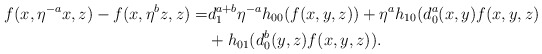
\begin{align*}f(x,\eta^{-a}x, z) -f(x, \eta^b z, z)=& d^{a+b}_1 \eta^{-a} h_{00}(f(x,y,z)) + \eta^{a}h_{10}(d^a_0(x,y)f(x,y,z)\\ &+ h_{01}(d^b_{0}(y,z)f(x,y,z)).\end{align*}